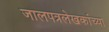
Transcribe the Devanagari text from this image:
जालपत्रलेखकांच्या